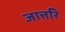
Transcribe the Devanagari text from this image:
जात्तरि